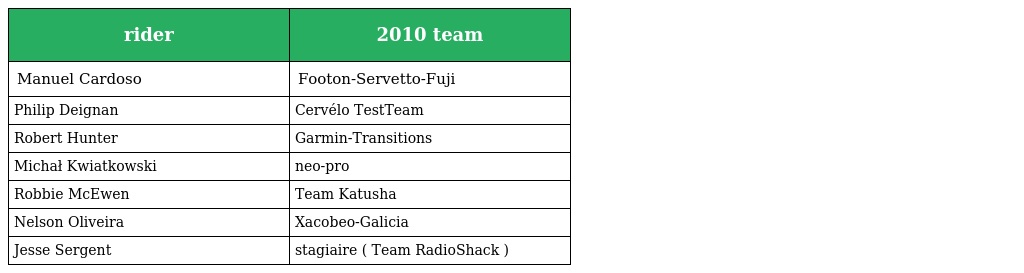
| rider | 2010 team |
 | --- | --- |
 | Manuel Cardoso | Footon-Servetto-Fuji |
 | Philip Deignan | Cervélo TestTeam |
 | Robert Hunter | Garmin-Transitions |
 | Michał Kwiatkowski | neo-pro |
 | Robbie McEwen | Team Katusha |
 | Nelson Oliveira | Xacobeo-Galicia |
 | Jesse Sergent | stagiaire ( Team RadioShack ) |